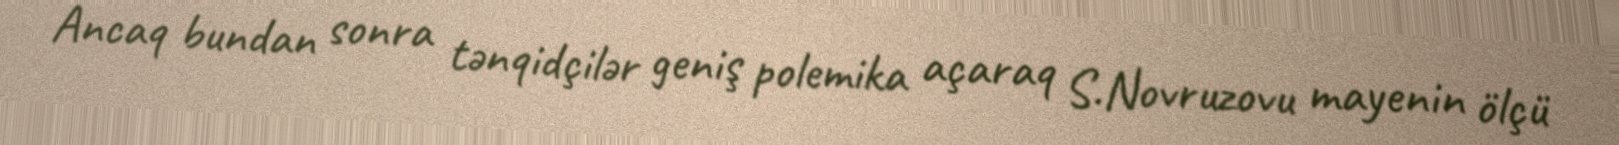
Ancaq bundan sonra tənqidçilər geniş polemika açaraq S.Novruzovu mayenin ölçü